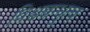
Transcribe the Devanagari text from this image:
विश्वबन्धुत्व